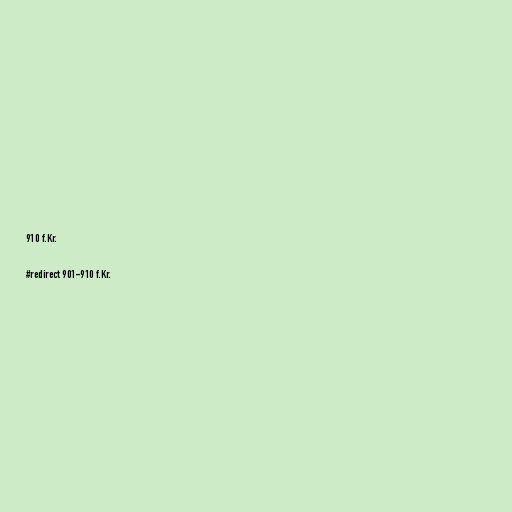
910 f.Kr.

#redirect 901-910 f.Kr.